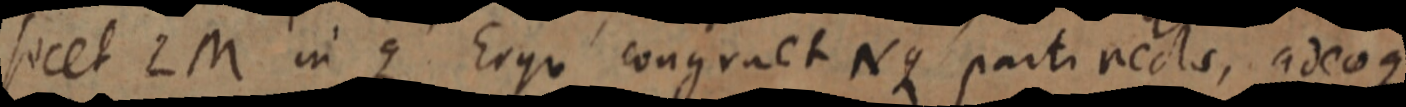
secet 2M in q Ergo congruet Nq parti recta, adeoque